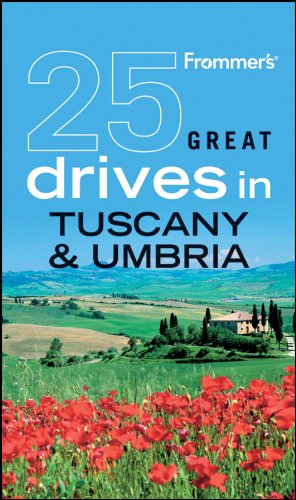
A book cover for Frommer's 25 Great Drives in Tuscany and Umbria (Best Loved Driving Tours); Michael Buttler; Travel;